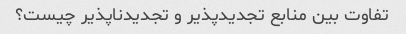
تفاوت بین منابع تجدیدپذیر و تجدیدناپذیر چیست؟